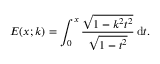
E ( x ; k ) = \int _ { 0 } ^ { x } { \frac { \sqrt { 1 - k ^ { 2 } t ^ { 2 } } } { \sqrt { 1 - t ^ { 2 } } } } \, \mathrm { d } t .